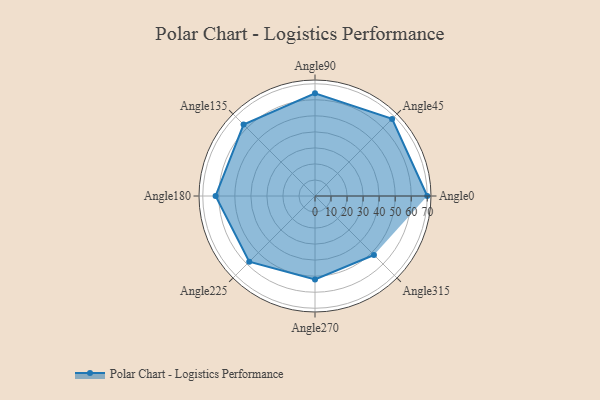
{"axis": {"x": "Angle", "y": "Radius"}, "legend": [""], "data": [{"x": "Angle0", "y": 70.0, "type": ""}, {"x": "Angle45", "y": 68.0, "type": ""}, {"x": "Angle90", "y": 64.0, "type": ""}, {"x": "Angle135", "y": 63.0, "type": ""}, {"x": "Angle180", "y": 62.0, "type": ""}, {"x": "Angle225", "y": 58.0, "type": ""}, {"x": "Angle270", "y": 52.0, "type": ""}, {"x": "Angle315", "y": 52.0, "type": ""}]}